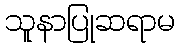
သူနာပြုဆရာမ